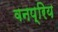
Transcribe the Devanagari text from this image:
वनप्रिय